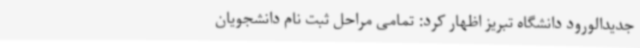
جدیدالورود دانشگاه تبریز اظهار کرد: تمامی مراحل ثبت نام دانشجویان